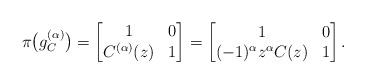
LaTeX: \begin{align*}\pi\big(g_{C}^{(\alpha)}\big)=\begin{bmatrix} 1 & 0\\ C^{(\alpha)}(z) & 1 \end{bmatrix}=\begin{bmatrix} 1 & 0\\ (-1)^\alpha z^{\alpha}C(z) & 1\end{bmatrix}.\end{align*}